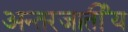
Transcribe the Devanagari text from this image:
अन्तरजार्तीय